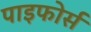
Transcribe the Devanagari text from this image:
पाइफोर्स